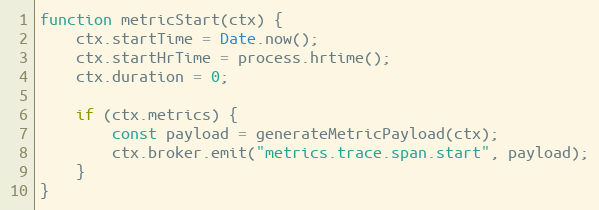
Language: JavaScript
function metricStart(ctx) {
	ctx.startTime = Date.now();
	ctx.startHrTime = process.hrtime();
	ctx.duration = 0;

	if (ctx.metrics) {
		const payload = generateMetricPayload(ctx);
		ctx.broker.emit("metrics.trace.span.start", payload);
	}
}